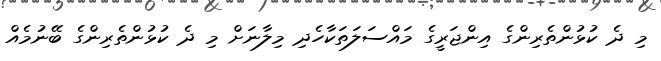
މި ދެ ކުޅުންތެރިންގެ އިންޖަރީގެ މައްސަލަތަކާހެދި މިލާނަށް މި ދެ ކުޅުންތެރިންގެ ބޭނުމެއް